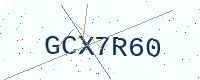
Text: GCX7R60